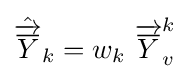
{\hat {\overrightarrow {\overline {Y}}}}_{k}=w_{k}\ {\overrightarrow {\overline {Y}}}_{v}^{k}